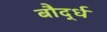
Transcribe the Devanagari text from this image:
बौर्द्ध